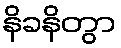
နိခနိတွာ